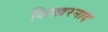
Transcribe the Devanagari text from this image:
शिखरनाद